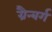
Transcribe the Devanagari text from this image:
ग्रैन्बर्ग